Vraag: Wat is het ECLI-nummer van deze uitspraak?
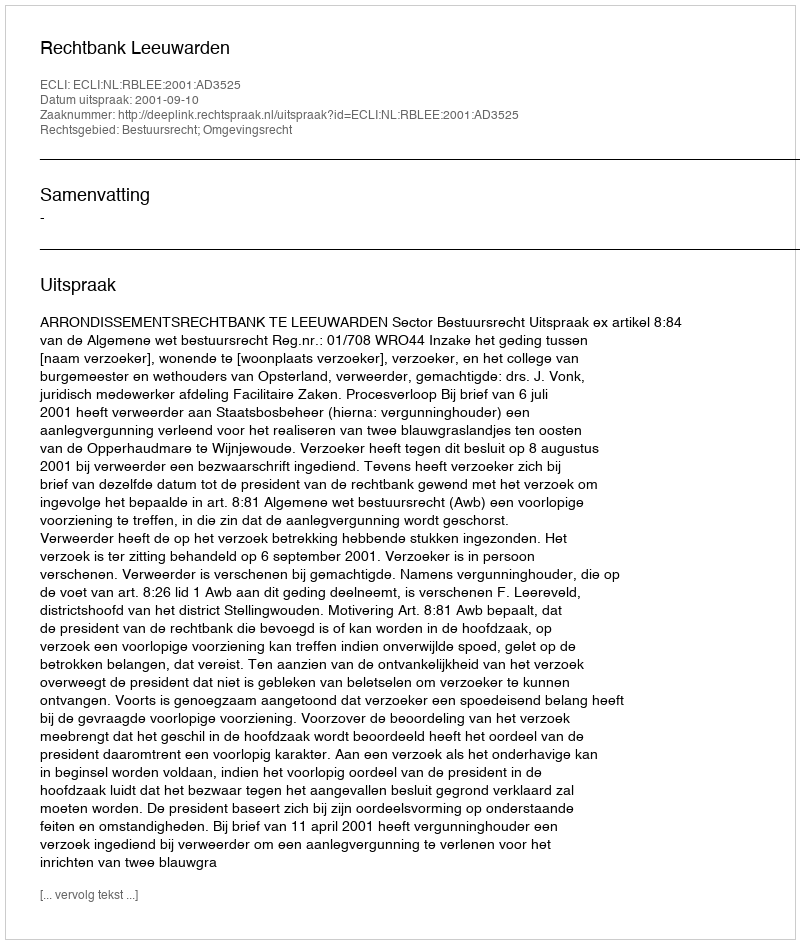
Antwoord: ECLI:NL:RBLEE:2001:AD3525